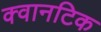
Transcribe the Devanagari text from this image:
क्वानटिक